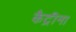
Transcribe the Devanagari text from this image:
कैट्रीना